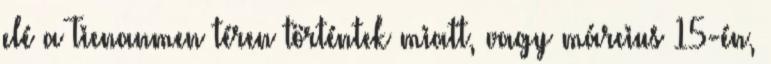
elé a Tienanmen téren történtek miatt, vagy március 15-én,